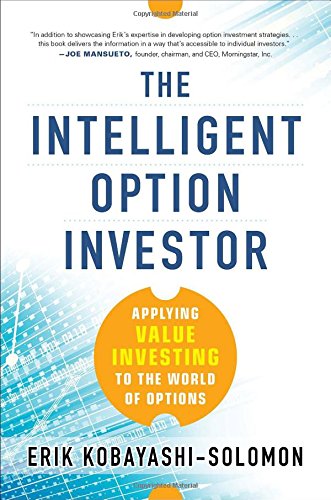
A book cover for The Intelligent Option Investor: Applying Value Investing to the World of Options; Erik Kobayashi-Solomon ; Business & Money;